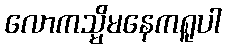
လောကသ္မိမနေကရူပါ